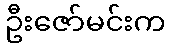
ဦးဇော်မင်းက